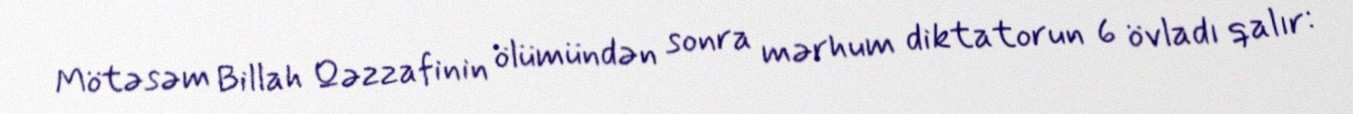
Mötəsəm Billah Qəzzafinin ölümündən sonra mərhum diktatorun 6 övladı qalır: